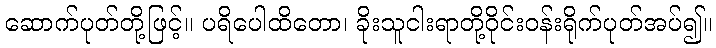
ဆောက်ပုတ်တို့ဖြင့်။ ပရိပေါထိတော၊ ခိုးသူငါးရာတို့ဝိုင်းဝန်းရိုက်ပုတ်အပ်၍။